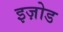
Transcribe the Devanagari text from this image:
इज़ोड